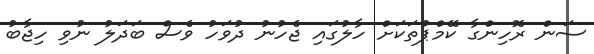
ސަން ރޮހިންގާ ކޭމްޕުތަކަށް ހާލުގައި ޖެހުނު ދުވަހު ވެސް ބަދަލު ނުވި ހިޖާބު